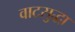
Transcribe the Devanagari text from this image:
वाटसुद्धा